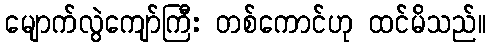
မျောက်လွဲကျော်ကြီး တစ်ကောင်ဟု ထင်မိသည်။